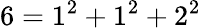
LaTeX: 6=1^{2}+1^{2}+2^{2}